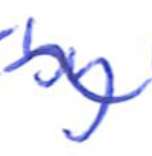
Text: by
Cross-out: wave
Writing tool: ballpoint